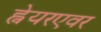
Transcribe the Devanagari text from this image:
ह्वेयरएवर